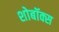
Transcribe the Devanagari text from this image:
शोबॉक्स